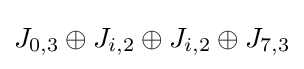
J_{0,3}\oplus J_{i,2}\oplus J_{i,2}\oplus J_{7,3}